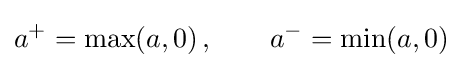
a^{+}={\text{max}}(a,0)\,,\qquad a^{-}={\text{min}}(a,0)